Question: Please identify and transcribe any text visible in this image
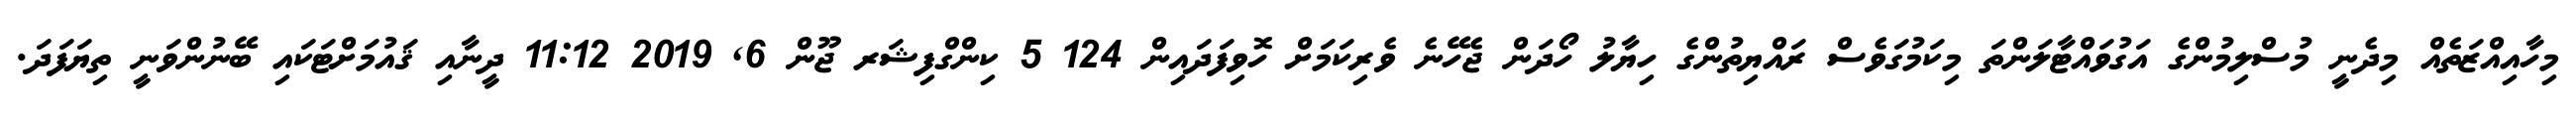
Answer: މިހާއިއްޒަތެއް މިދެނީ މުސްލިމުންގެ އަގުވައްޓާލަންތަ މިކަމުގަވެސް ރައްޔިތުންގެ ހިޔާލު ހޯދަން ޖެހޭނެ ވެރިކަމަށް ހޮވިފަދައިން 124 5 ކިންގްފިޝަރ ޖޫން 6, 2019 11:12 ދީނާއި ޤައުމަށްޓަކައި ބޭނުންވަނީ ތިޔަފަދަ.